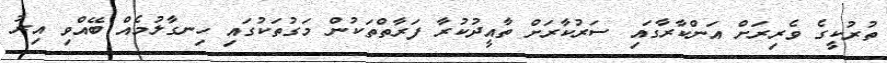
ތުރުކީގެ ވެރިރަށް އަންކާރާގައި ސަރުކާރަށް ތާއީދުކުރާ ފަރާތްތަކުން މަގުތަކުގައި ހިނގާލުމެއް ބޭއްވި އިރު